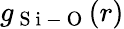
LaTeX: g_{\mathrm{~S~i~-~O~}}(r)